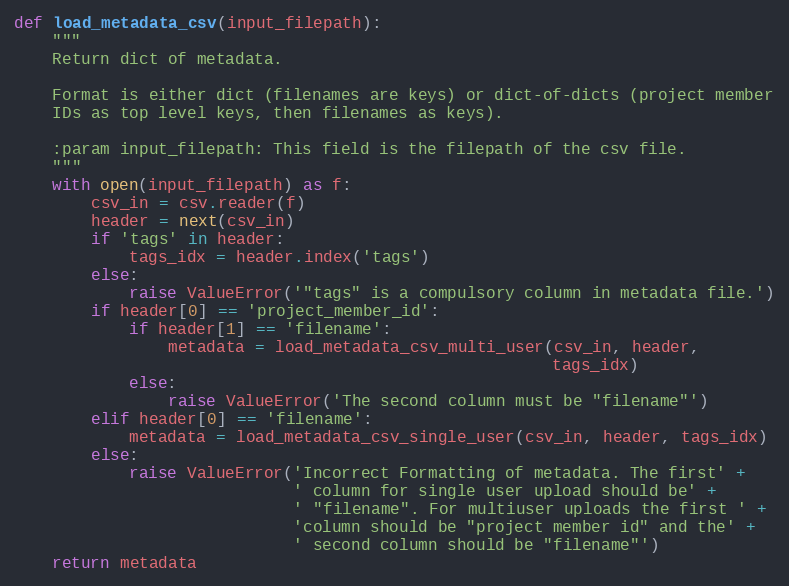
Language: Python
def load_metadata_csv(input_filepath):
    """
    Return dict of metadata.

    Format is either dict (filenames are keys) or dict-of-dicts (project member
    IDs as top level keys, then filenames as keys).

    :param input_filepath: This field is the filepath of the csv file.
    """
    with open(input_filepath) as f:
        csv_in = csv.reader(f)
        header = next(csv_in)
        if 'tags' in header:
            tags_idx = header.index('tags')
        else:
            raise ValueError('"tags" is a compulsory column in metadata file.')
        if header[0] == 'project_member_id':
            if header[1] == 'filename':
                metadata = load_metadata_csv_multi_user(csv_in, header,
                                                        tags_idx)
            else:
                raise ValueError('The second column must be "filename"')
        elif header[0] == 'filename':
            metadata = load_metadata_csv_single_user(csv_in, header, tags_idx)
        else:
            raise ValueError('Incorrect Formatting of metadata. The first' +
                             ' column for single user upload should be' +
                             ' "filename". For multiuser uploads the first ' +
                             'column should be "project member id" and the' +
                             ' second column should be "filename"')
    return metadata